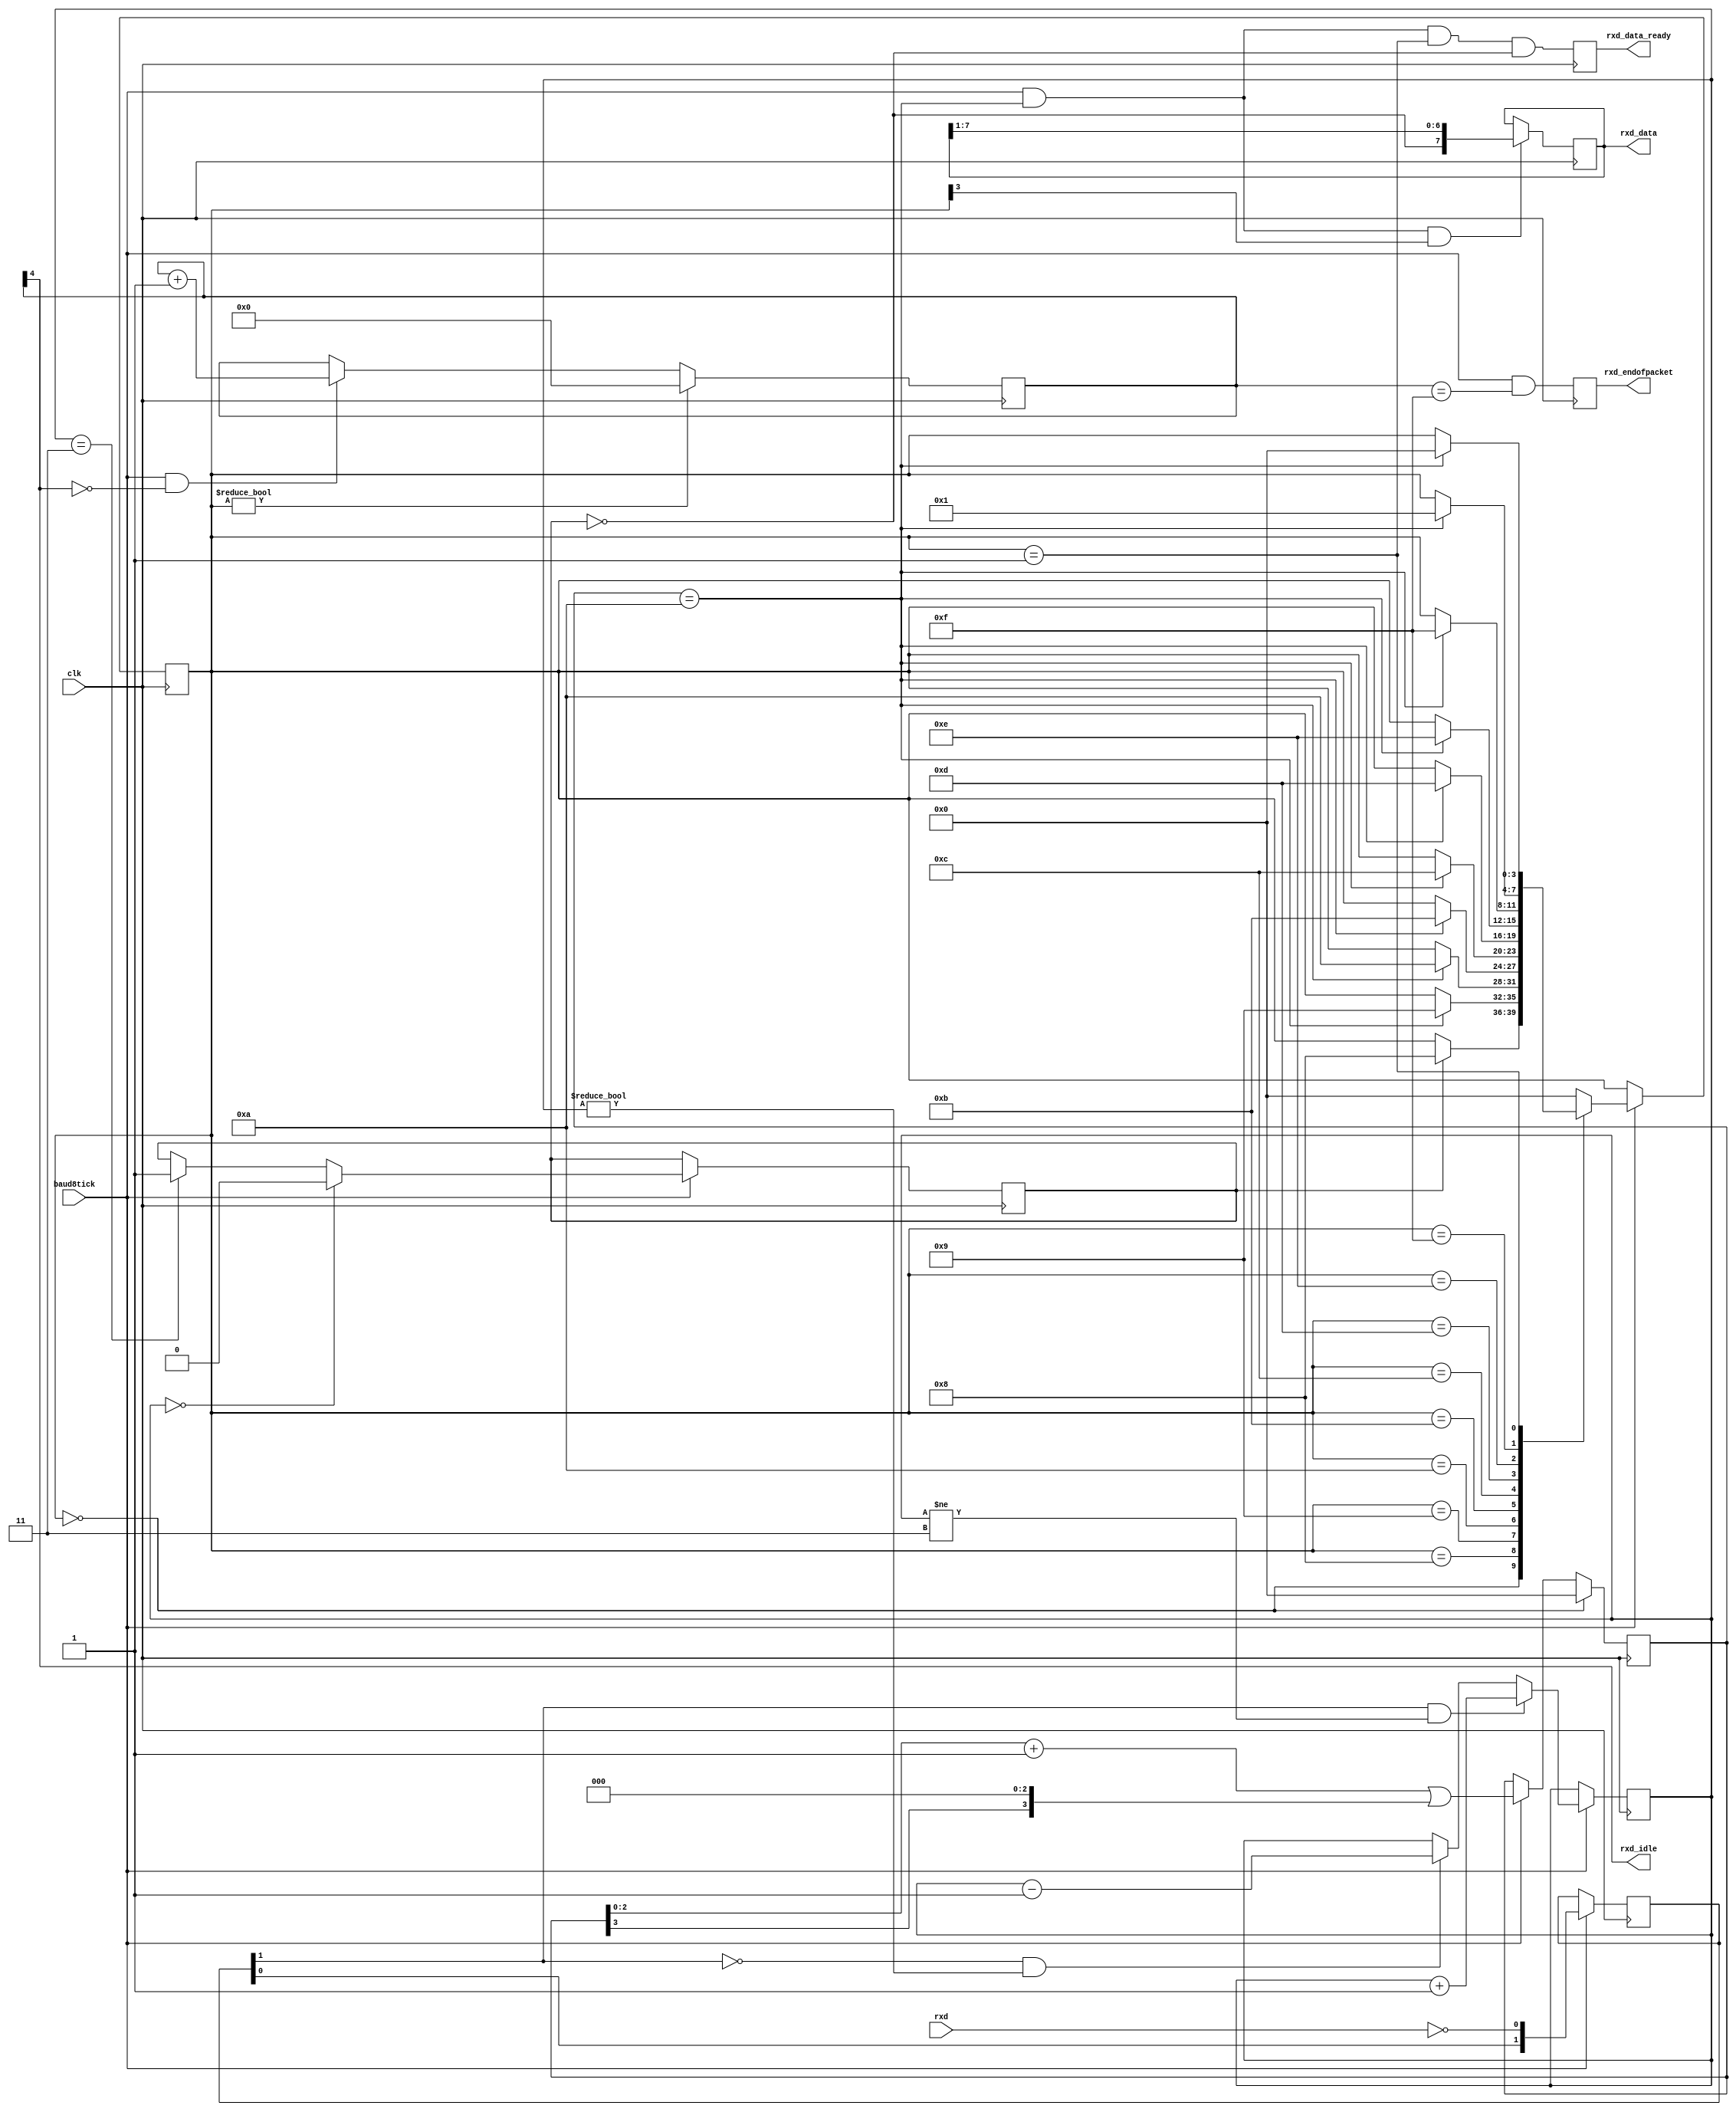
/*
 *  RS-232 asynchronous RX module
 *  Copyright (C) 2010  Donna Polehn <dpolehn@verizon.net>
 *
 *  This file is part of the Zet processor. This processor is free
 *  hardware; you can redistribute it and/or modify it under the terms of
 *  the GNU General Public License as published by the Free Software
 *  Foundation; either version 3, or (at your option) any later version.
 *
 *  Zet is distrubuted in the hope that it will be useful, but WITHOUT
 *  ANY WARRANTY; without even the implied warranty of MERCHANTABILITY
 *  or FITNESS FOR A PARTICULAR PURPOSE. See the GNU General Public
 *  License for more details.
 *
 *  You should have received a copy of the GNU General Public License
 *  along with Zet; see the file COPYING. If not, see
 *  <http://www.gnu.org/licenses/>.
 */

module serial_arx (
    input  clk,
    input  rxd,
    input  baud8tick, // Desired baud rate

    output reg [7:0] rxd_data,
    output reg       rxd_data_ready, // on clock pulse when rxd_data is valid

    // We also detect if a gap occurs in the received stream of
    // characters whuich can be useful if multiple characters are
    // sent in burst so that multiple characters can be treated as a "packet"
    output reg rxd_endofpacket,  // one clock pulse, when no more data
                             // is received (rxd_idle is going high)
    output rxd_idle  // no data is being received
  );

  reg [1:0] rxd_sync_inv;  // we invert rxd, so that the idle becomes "0", to prevent a phantom character to be received at startup
  always @(posedge clk) if(baud8tick) rxd_sync_inv <= {rxd_sync_inv[0], ~rxd};

  reg [1:0] rxd_cnt_inv;
  reg rxd_bit_inv;

  always @(posedge clk)
  if(baud8tick) begin
    if( rxd_sync_inv[1] && rxd_cnt_inv!=2'b11) rxd_cnt_inv <= rxd_cnt_inv + 2'h1;
    else
    if(~rxd_sync_inv[1] && rxd_cnt_inv!=2'b00) rxd_cnt_inv <= rxd_cnt_inv - 2'h1;
    if(rxd_cnt_inv==2'b00) rxd_bit_inv <= 1'b0;
    else
    if(rxd_cnt_inv==2'b11) rxd_bit_inv <= 1'b1;
  end

  reg [3:0] state;
  reg [3:0] bit_spacing;

  // "next_bit" controls when the data sampling occurs depending on how noisy the rxd is, different
  // values might work better with a clean connection, values from 8 to 11 work
  wire next_bit = (bit_spacing==4'd10);

  always @(posedge clk)
  if(state==0)bit_spacing <= 4'b0000;
  else
  if(baud8tick) bit_spacing <= {bit_spacing[2:0] + 4'b0001} | {bit_spacing[3], 3'b000};

  always @(posedge clk)
  if(baud8tick)
  case(state)
    4'b0000: if(rxd_bit_inv)state <= 4'b1000;  // start bit found?
    4'b1000: if(next_bit)  state <= 4'b1001;  // bit 0
    4'b1001: if(next_bit)  state <= 4'b1010;  // bit 1
    4'b1010: if(next_bit)  state <= 4'b1011;  // bit 2
    4'b1011: if(next_bit)  state <= 4'b1100;  // bit 3
    4'b1100: if(next_bit)  state <= 4'b1101;  // bit 4
    4'b1101: if(next_bit)  state <= 4'b1110;  // bit 5
    4'b1110: if(next_bit)  state <= 4'b1111;  // bit 6
    4'b1111: if(next_bit)  state <= 4'b0001;  // bit 7
    4'b0001: if(next_bit)  state <= 4'b0000;  // stop bit
    default:         state <= 4'b0000;
  endcase

  always @(posedge clk)
  if(baud8tick && next_bit && state[3]) rxd_data <= {~rxd_bit_inv, rxd_data[7:1]};

  //reg rxd_data_error;
  always @(posedge clk)
  begin
    rxd_data_ready <= (baud8tick && next_bit && state==4'b0001 && ~rxd_bit_inv);  // ready only if the stop bit is received
    //rxd_data_error <= (baud8tick && next_bit && state==4'b0001 &&  rxd_bit_inv);  // error if the stop bit is not received
  end

  reg [4:0] gap_count;
  always @(posedge clk) if (state!=0) gap_count<=5'h00; else if(baud8tick & ~gap_count[4]) gap_count <= gap_count + 5'h01;
  assign rxd_idle = gap_count[4];
  always @(posedge clk) rxd_endofpacket <= baud8tick & (gap_count==5'h0F);

endmodule